Scottish Certificate of Education, 1963
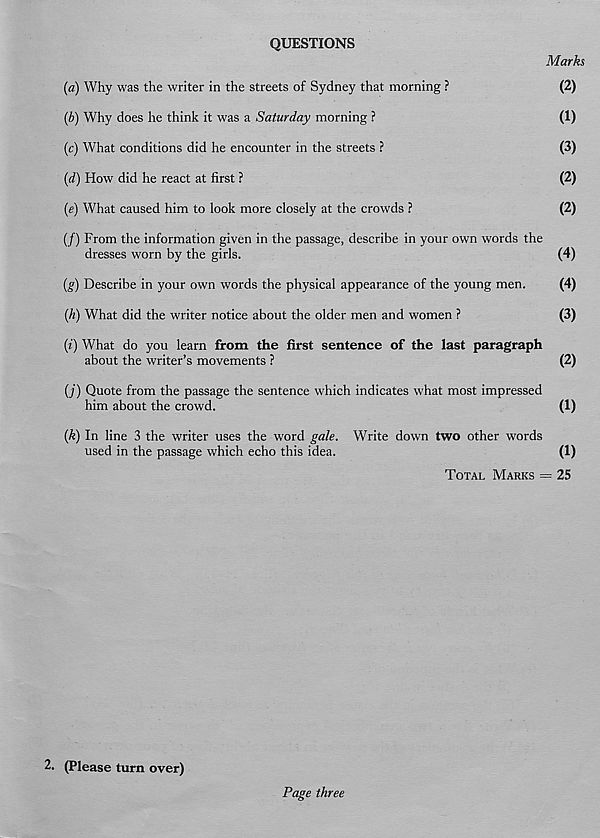
QUESTIONS
Marks
(a) Why was the writer in the streets of Sydney that morning ?
(2)
(b) Why does he think it was a Saturday morning ?
(1)
(c) What conditions did he encounter in the streets ?
(3)
{d) How did he react at first ?
(2)
(e) What caused him to look more closely at the crowds ?
(2)
(/) From the information given in the passage, describe in your own words the
dresses worn by the girls.
(4)
{g) Describe in your own words the physical appearance of the young men.
(4)
(A) What did the writer notice about the older men and women ?
(3)
(i) What do you learn from the first sentence of the last paragraph
about the writer’s movements ?
(2)
{]) Quote from the passage the sentence which indicates what most impressed
him about the crowd.
(1)
(k) In line 3 the writer uses the word gale. Write down two other words
used in the passage which echo this idea.
(1)
TOTAL MARKS = 25
2. (Please turn over)
Page three